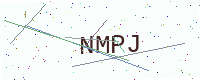
Text: NMPJ